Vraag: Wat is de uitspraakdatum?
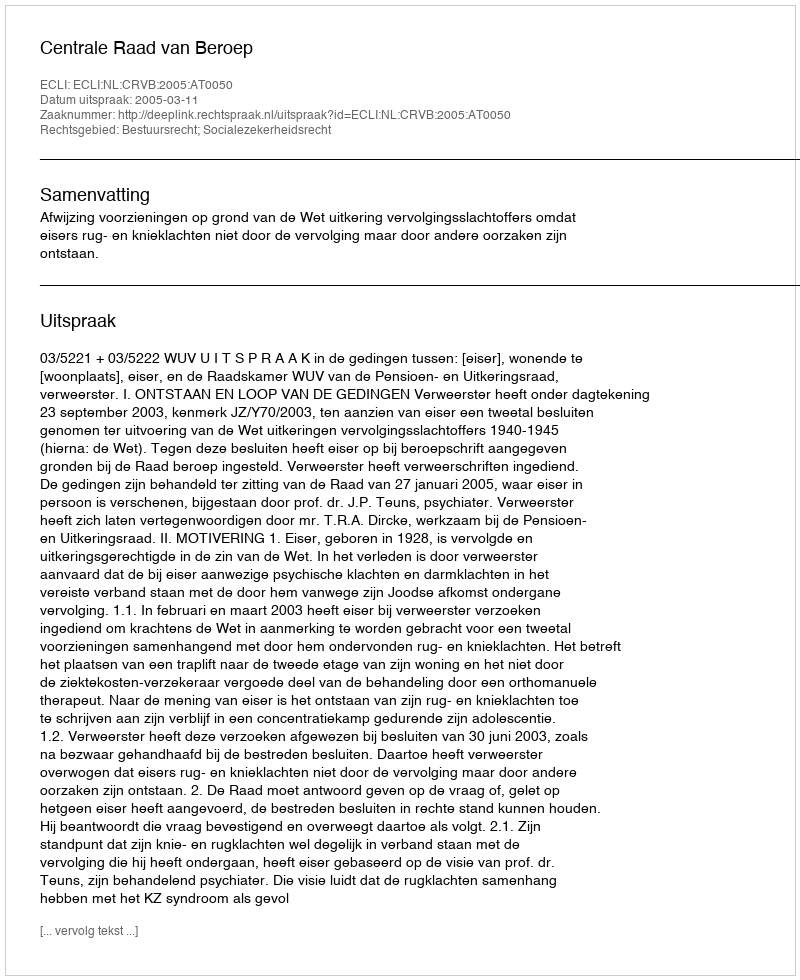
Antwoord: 2005-03-11